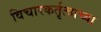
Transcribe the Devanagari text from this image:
विचारकर्तृत्वाच्या